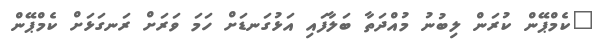
"ކެމްޕޭން ކުރަން ލިބުނު މުއްދަތާ ބަލާފައި އަޅުގަނޑަށް ހަމަ ވަރަށް ރަނގަޅަށް ކެމްޕޭން